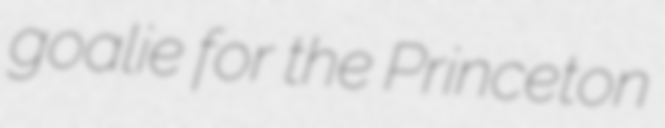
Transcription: goalie for the Princeton